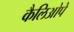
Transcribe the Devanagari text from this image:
कैलिओपे